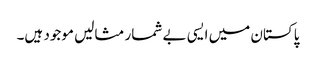
پاکستان میں ایسی بے شمار مثالیں موجود ہیں۔